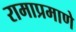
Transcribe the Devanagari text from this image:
रामाप्रमाणे